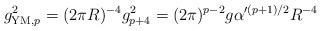
LaTeX: \begin{align*}g_{{\rm YM},p}^2 = (2\pi R)^{-4} g_{p+4}^2 = (2\pi)^{p-2} g\alpha'^{(p+1)/2}R^{-4}\end{align*}